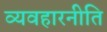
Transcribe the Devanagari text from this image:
व्यवहारनीति